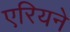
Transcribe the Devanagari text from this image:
एरियने